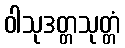
ဝါသုဒတ္တသုတ္တံ